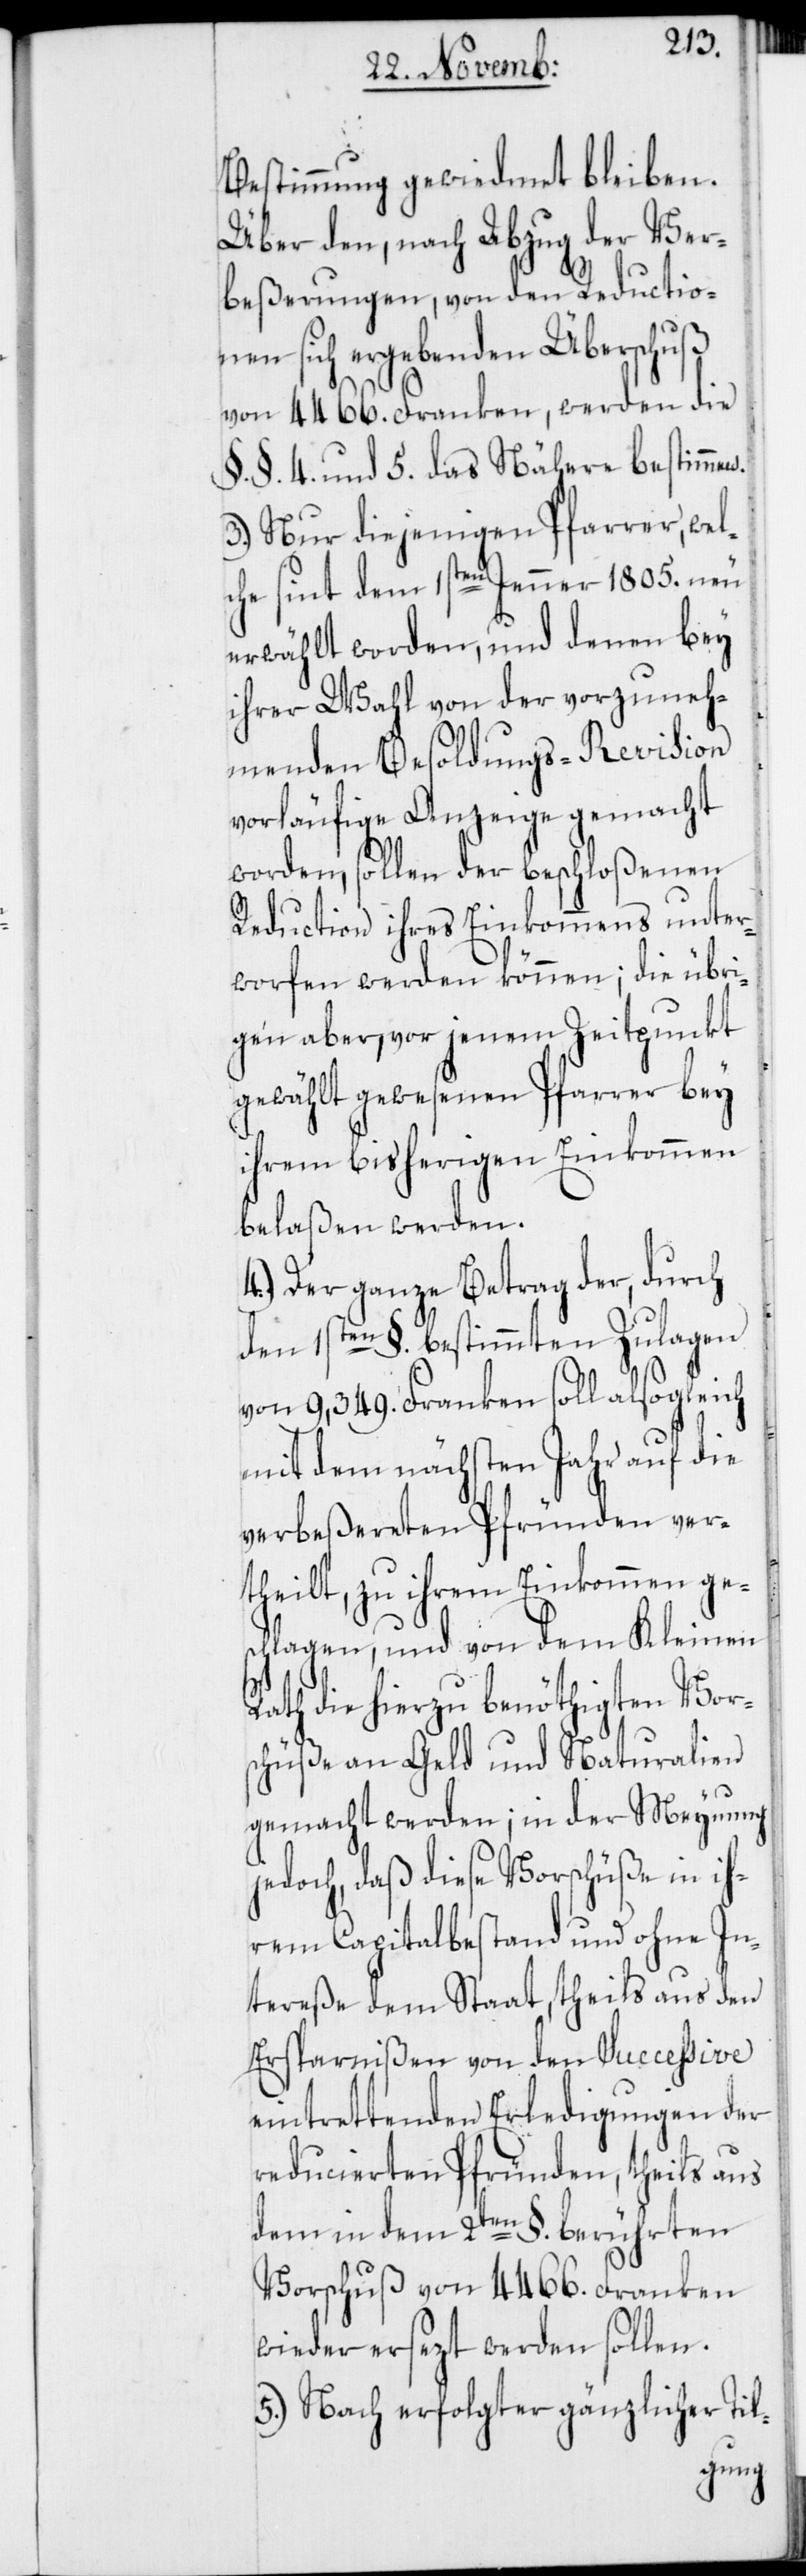
Bestimmung gewiedmet bleiben.
Über den, nach Abzug der Ver¬
beßerungen, von den Reductio¬
nen sich ergebenden Überschuß
von 4466. Franken, werden die
§. §. 4 und 5. das Nähere bestimmen.
3.) Nur diejenigen Pfarrer, wel¬
che sint dem 1sten Jenner 1805. neu
erwählt worden, und denen bey
ihrer Wahl von der vorzuneh¬
menden Besoldungs-Revision
vorläufige Anzeige gemacht
worden, sollen der beschloßenen
Reduction ihres Einkommens unter¬
worfen werden können; die übri¬
gen aber, vor jenem Zeitpunkt
gewählt gewesenen Pfarrer bey
ihrem bisherigen Einkommen
belaßen werden.
4.) Der ganze Betrag der, durch
den 1sten §. bestimmten Zulagen
von 9,349. Franken soll alsogleich
mit dem nächsten Jahr auf die
verbeßereten Pfründen ver¬
theilt, zu ihrem Einkommen ge¬
schlagen, und von dem Kleinen
Rath die hierzu benöthigten Vor¬
schüße an Geld und Naturalien
gemacht werden; in der Meynung
jedoch, daß diese Vorschüße in ih¬
rem Capitalbestand und ohne In¬
tereße dem Staat, theils aus den
Ersparnißen von den successive
eintrettenden Erledigungen der
reducierten Pfründen, theils aus
dem in dem 2ten §. berührten
Vorschuß von 4466. Franken
wieder ersezt werden sollen.
5.) Nach erfolgter gänzlicher Til-